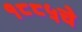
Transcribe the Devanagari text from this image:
१८८५चे